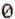
0